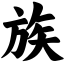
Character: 族